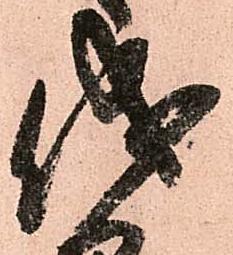
儀